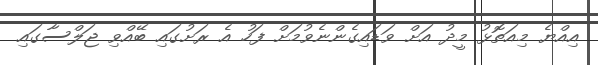
އިއްޔެ މިއަތޮޅު މީދު އަށް ވަޑައިގެންނެވުމަށް ފަހު އެ ރަށުގައި ބޭއްވި ޖަލްސާގައި